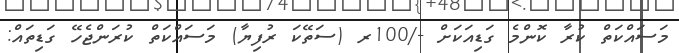
މަސައްކަތް ކުރާ ކޮންމެ ގަޑިއަކަށް -/100ރ (ސަތޭކަ ރުފިޔާ) މަސައްކަތް ކުރަންޖެހޭ ގަޑިތައް: